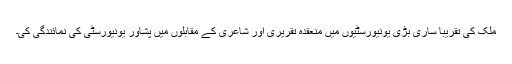
ملک کی تقریباً ساری بڑی یونیورسٹیوں میں منعقدہ تقریری اور شاعری کے مقابلوں میں پشاور یونیورسٹی کی نمائندگی کی۔